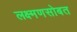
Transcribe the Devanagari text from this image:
लक्ष्मणसोबत